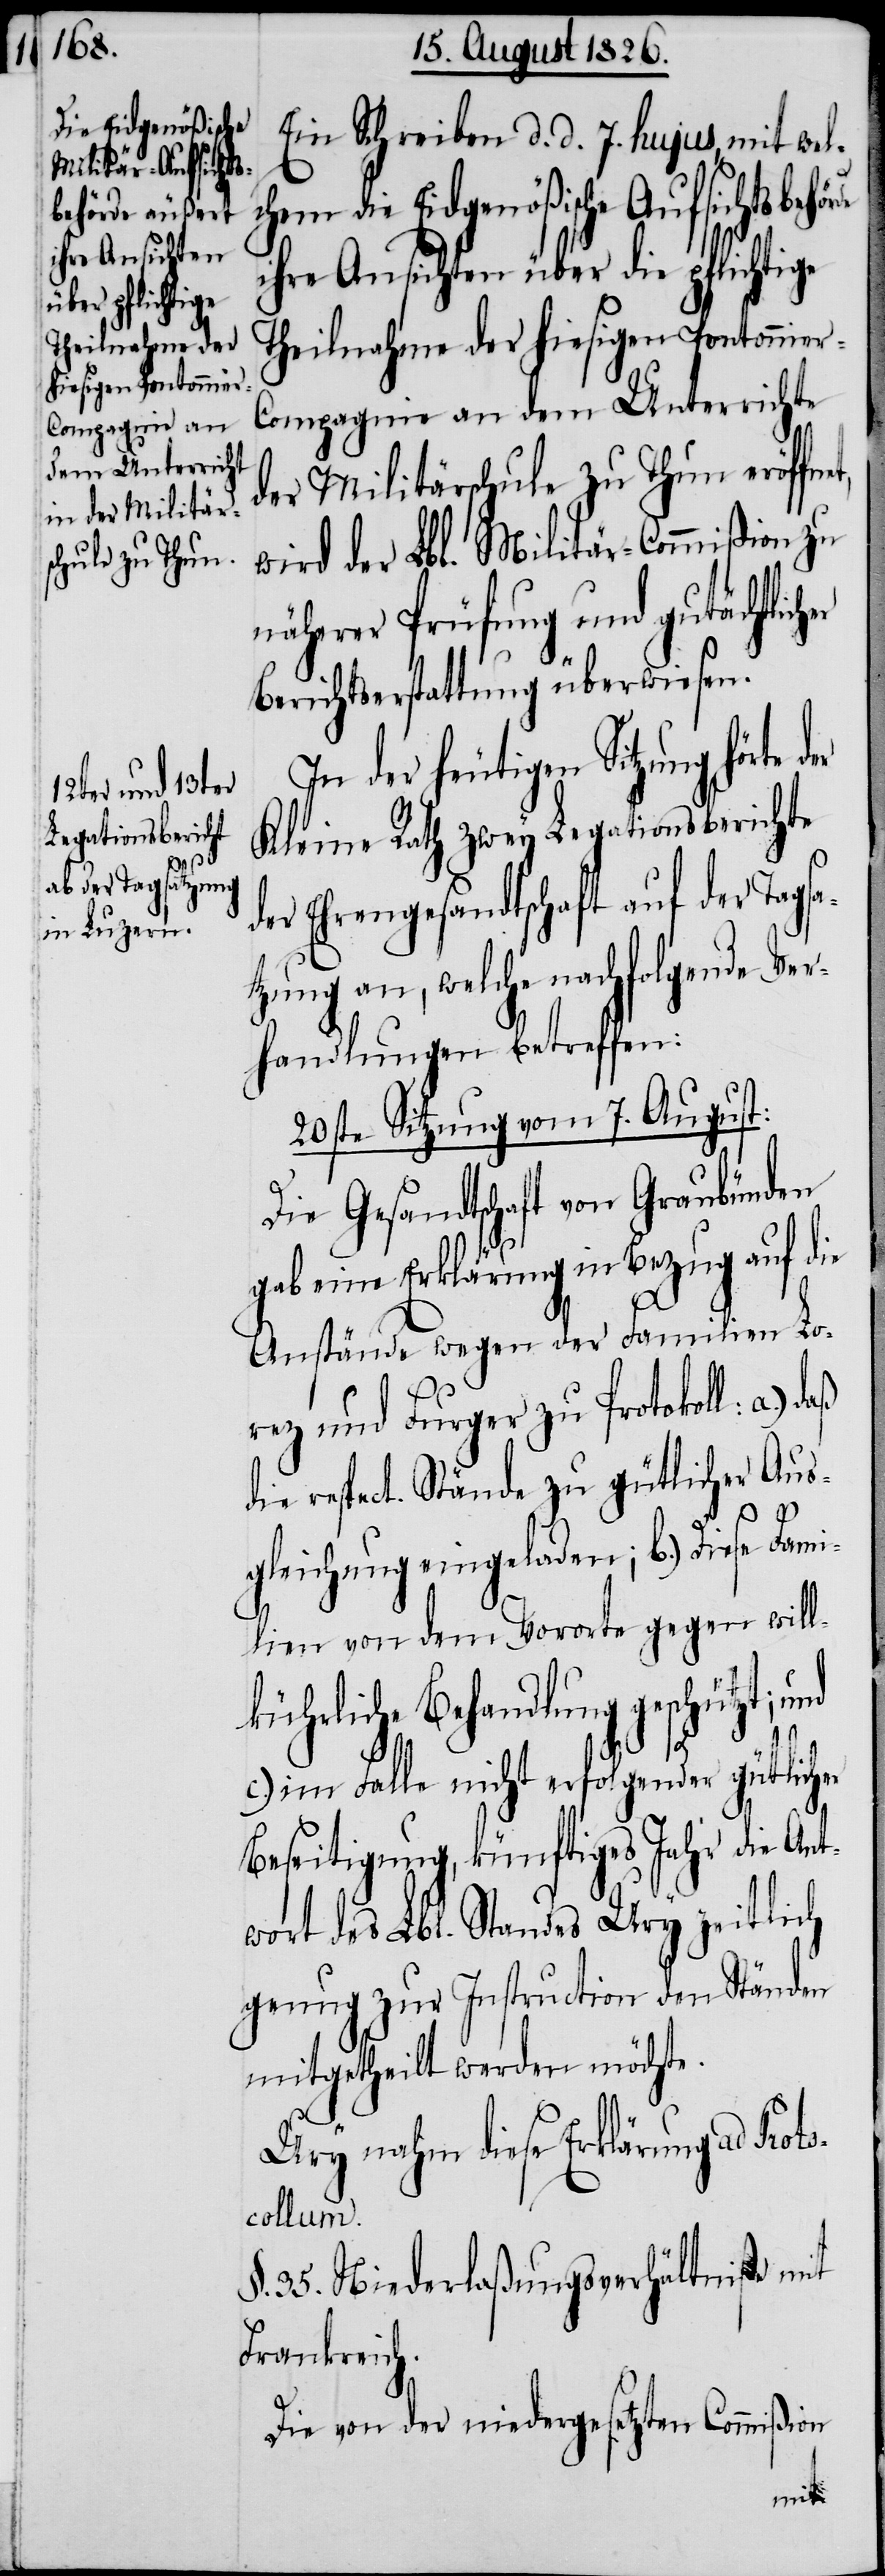
Theilnahme der
hiesigen Pontonnie¬
r-Compagnie an
dem Unterrichte

Ein Schreiben d. d. 7. hujus, mit wel¬
chem die Eidgenößische Aufsichtsbehör¬
ihre Ansichten über die pflichtige
der Militärschule zu Thun eröffne¬
wird der Lbl. Militär-Commißion zu
näherer Prüfung und gutächtlich¬
er
Berichtserstattung überwiesen.
In der heutigen Sitzung
Kleine Rath zwey Legationsberichte
der Ehrengesandtschaft auf der Tags¬
ung an, welche nachfolgende V¬
erhandlungen betreffen:
20ste Sitzung vom 7. August:
Die Gesandtschaft von Graubünden
gab eine Erklärung in Bezug auf die
Anstände wegen der Familien Lo¬
rez und Furger zu Protokoll: a.)
die respect. Stände zu gütlicher Aus¬
gleichung eingeladen; b.) Diese Fami¬
lien von dem Vororte gegen will¬
kührliche Behandlung geschützt; und
c.) im Falle nicht erfolgender gütlicher
Beseitigung, künftiges Jahr die Ant¬
wort des Lbl. Standes Ury zeitlich
genug zur Instruction den Ständen
mitgetheilt werden möchte.
Ury nahm diese Erklärung ad Prot¬
ocollum.
§. 35. Niederlaßungsverhältniße mit
Frankreich.
Die von der niedergesetzten Commißion
atz¬